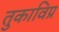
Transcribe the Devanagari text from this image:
तुकाविप्र